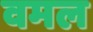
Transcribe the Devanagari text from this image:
वमल